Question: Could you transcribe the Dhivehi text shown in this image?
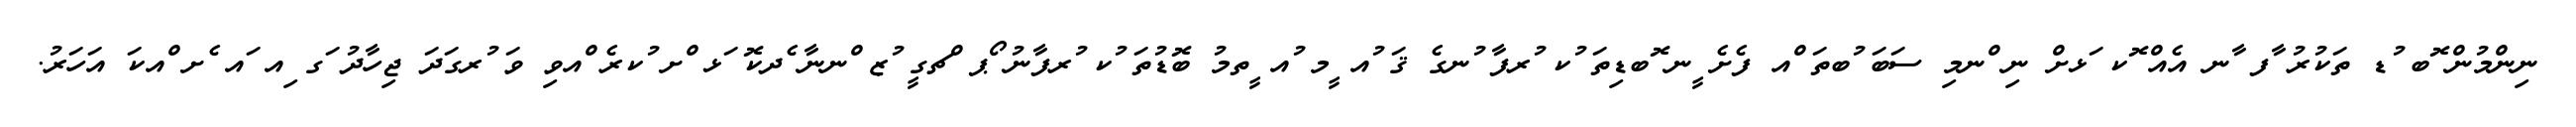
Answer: ނިންމުން ޮބ ުޑ ތަކުރު ާފ ާނ އެއް ޮކ ަޅށް ނި ްނމި ސަބަ ުބތަ ްއ ފެށެ ީނ ޮބޑިތަ ުކ ުރފާ ުނގެ ޤަ ުއ ީމ ުއ ީތމު ބޮޑުތަ ުކ ުރފާނު ޯޕ ްޗގީ ުޒ ްނނާ ެދކޮ ަޅ ްށ ުކރެ ްއވި ވަ ުރގަދަ ޖިހާދު ަގ ިއ ައ ެށ ްއކަ އަހަރު.